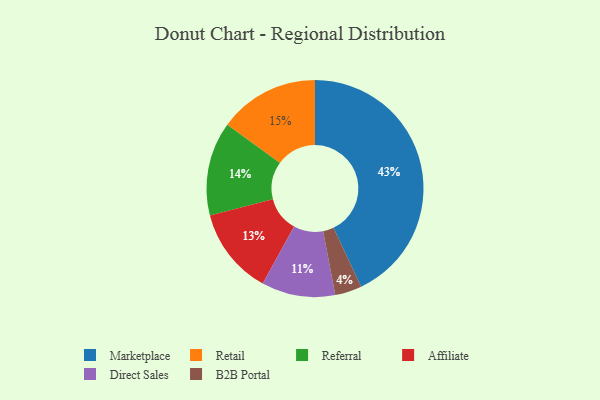
{"axis": {"x": "Category", "y": "Percentage"}, "legend": ["Affiliate", "B2B Portal", "Direct Sales", "Marketplace", "Referral", "Retail"], "data": [{"x": "B2B Portal", "y": 4, "type": "B2B Portal"}, {"x": "Affiliate", "y": 13, "type": "Affiliate"}, {"x": "Retail", "y": 15, "type": "Retail"}, {"x": "Referral", "y": 14, "type": "Referral"}, {"x": "Marketplace", "y": 43, "type": "Marketplace"}, {"x": "Direct Sales", "y": 11, "type": "Direct Sales"}]}